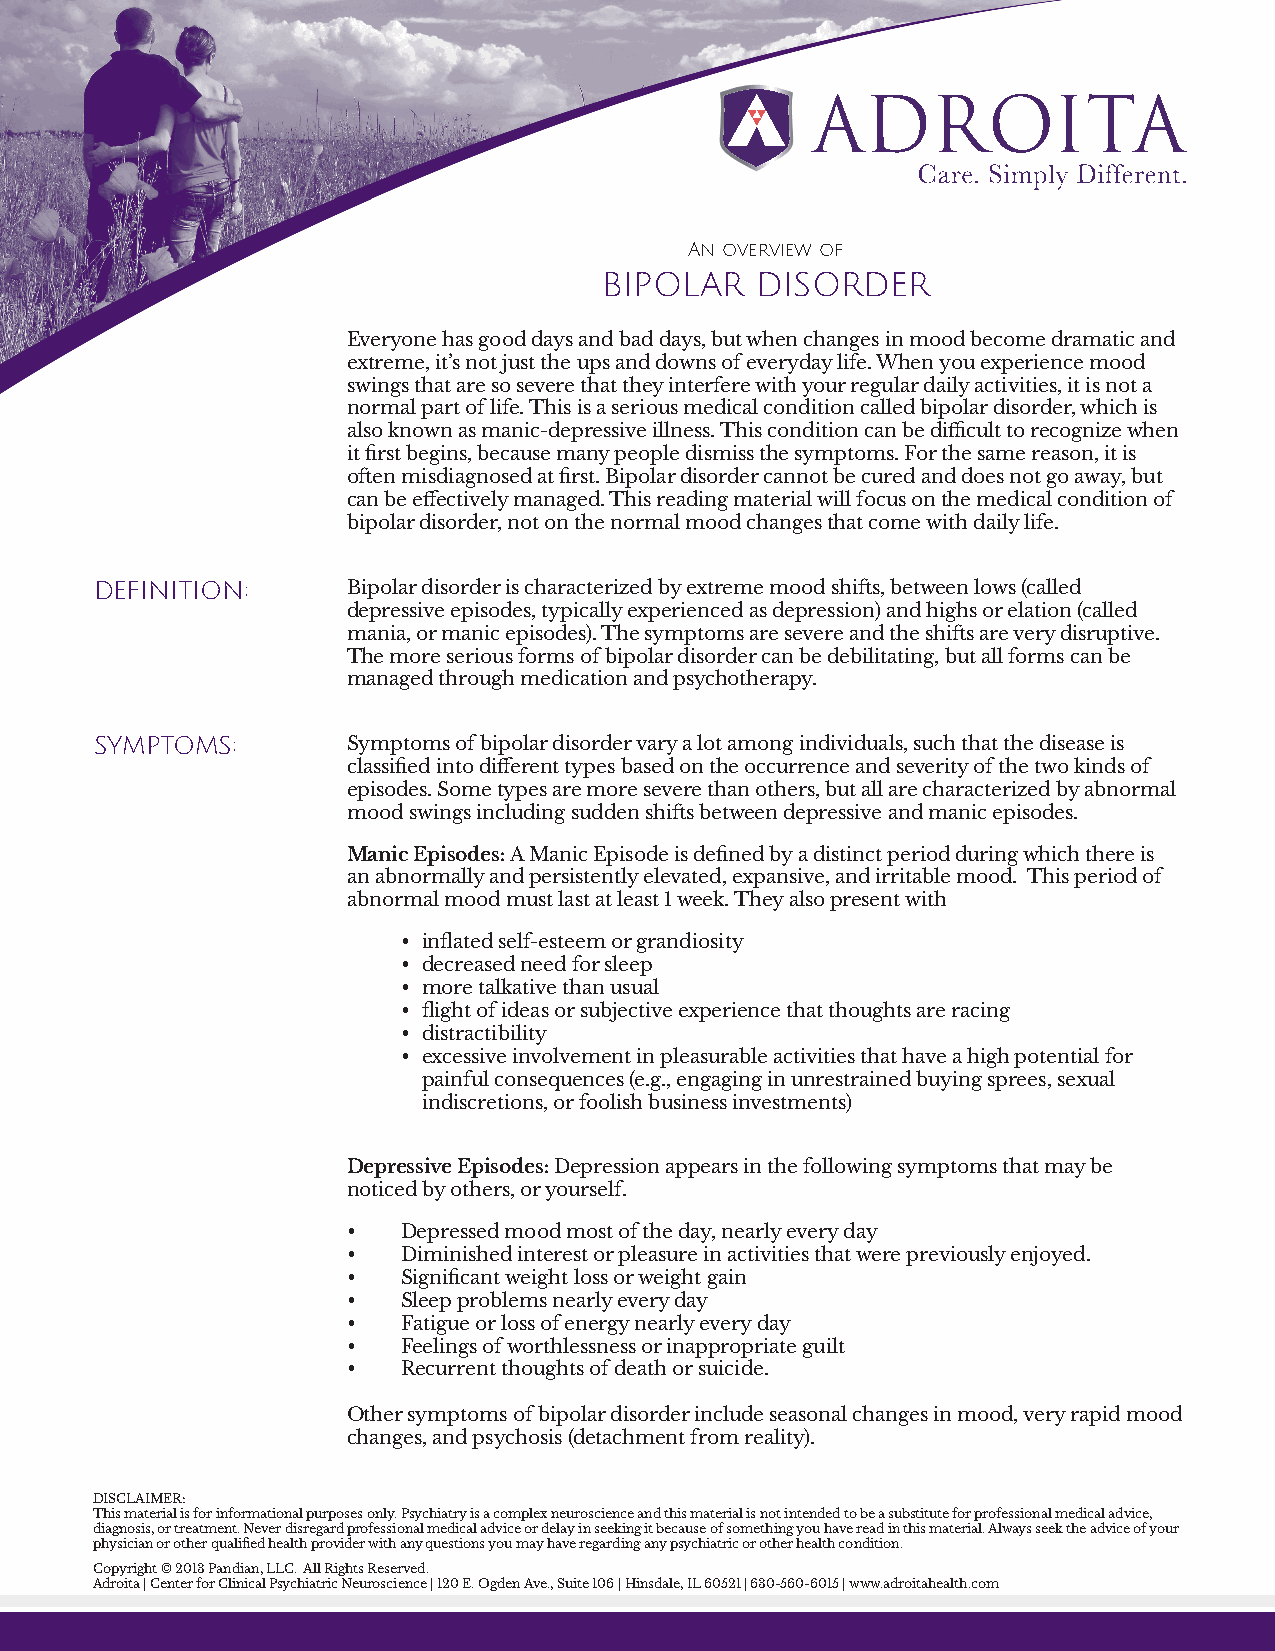
An overview of
 BIPOLAR   DISORDER
 Everyone has good days and bad days, but when changes in mood become dramatic and
 extreme, it’s not just the ups and downs of everyday life. When you experience mood
 swings that are so severe that they interfere with your regular daily activities, it is not a
 normal part of life. This is a serious medical condition called bipolar disorder, which is
 also known as manic-depressive illness. This condition can be difficult to recognize when
 it first begins, because many people dismiss the symptoms. For the same reason, it is
 often misdiagnosed at first. Bipolar disorder cannot be cured and does not go away, but
 can be effectively managed. This reading material will focus on the medical condition of
 bipolar disorder, not on the normal mood changes that come with daily life.
 DEFINITION:      Bipolar disorder is characterized by extreme mood shifts, between lows (called
 depressive episodes, typically experienced as depression) and highs or elation (called
 mania, or manic episodes). The symptoms are severe and the shifts are very disruptive.
 The more serious forms of bipolar disorder can be debilitating, but all forms can be
 managed through medication and psychotherapy.
 SYMPTOMS:        Symptoms of bipolar disorder vary a lot among individuals, such that the disease is
 classified into different types based on the occurrence and severity of the two kinds of
 episodes. Some types are more severe than others, but all are characterized by abnormal
 mood swings including sudden shifts between depressive and manic episodes.
 Manic Episodes: A Manic Episode is defined by a distinct period during which there is
 an abnormally and persistently elevated, expansive, and irritable mood. This period of
 abnormal mood must last at least 1 week. They also present with
 • inflated self-esteem or grandiosity
 • decreased need for sleep
 • more talkative than usual
 • flight of ideas or subjective experience that thoughts are racing
 • distractibility
 • excessive involvement in pleasurable activities that have a high potential for
 painful consequences (e.g., engaging in unrestrained buying sprees, sexual
 indiscretions, or foolish business investments)
 Depressive Episodes: Depression appears in the following symptoms that may be
 noticed by others, or yourself.
 •   Depressed mood most of the day, nearly every day
 •   Diminished interest or pleasure in activities that were previously enjoyed.
 •   Significant weight loss or weight gain
 •   Sleep problems nearly every day
 •   Fatigue or loss of energy nearly every day
 •   Feelings of worthlessness or inappropriate guilt
 •   Recurrent thoughts of death or suicide.
 Other symptoms of bipolar disorder include seasonal changes in mood, very rapid mood
 changes, and psychosis (detachment from reality).
 DISCLAIMER:
 This material is for informational purposes only. Psychiatry is a complex neuroscience and this material is not intended to be a substitute for professional medical advice,
 diagnosis, or treatment. Never disregard professional medical advice or delay in seeking it because of something you have read in this material. Always seek the advice of your
 physician or other qualified health provider with any questions you may have regarding any psychiatric or other health condition.
 Copyright © 2013 Pandian, LLC. All Rights Reserved.
 Adroita | Center for Clinical Psychiatric Neuroscience | 120 E. Ogden Ave., Suite 106 | Hinsdale, IL 60521 | 630-560-6015 | www.adroitahealth.com